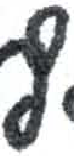
אות: ף